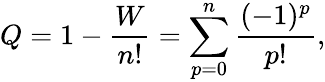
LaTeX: Q=1-{\frac{W}{n!}}=\sum_{p=0}^{n}{\frac{(-1)^{p}}{p!}},